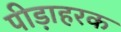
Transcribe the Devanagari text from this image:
पीड़ाहरक